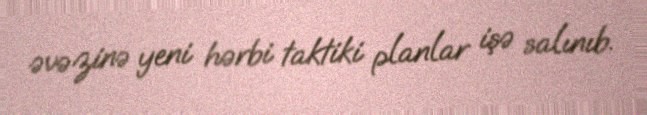
əvəzinə yeni hərbi taktiki planlar işə salınıb.